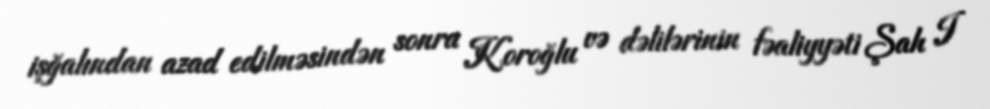
işğalından azad edilməsindən sonra Koroğlu və dəlilərinin fəaliyyəti Şah I